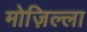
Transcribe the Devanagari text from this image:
मोज़िल्ला